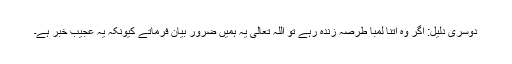
دوسری دلیل: اگر وہ اتنا لمبا طرصہ زندہ رہے تو اللہ تعالیٰ یہ ہمیں ضرور بیان فرماتے کیونکہ یہ عجیب خبر ہے۔